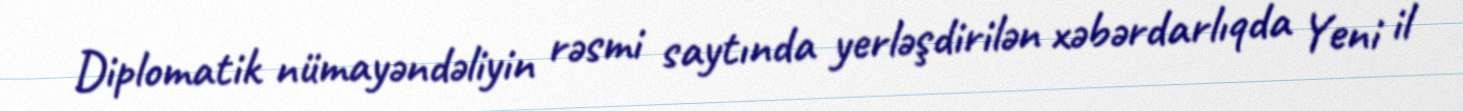
Diplomatik nümayəndəliyin rəsmi saytında yerləşdirilən xəbərdarlıqda Yeni il